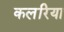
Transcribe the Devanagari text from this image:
कलरिया